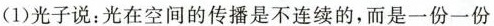
(1)光子说：光在空间的传播是不连续的，而是一份一份